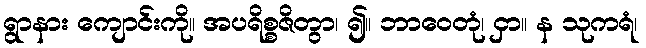
ရွာနား ကျောင်းကို။ အပရိစ္စဇိတွာ၊ ၍။ ဘာဝေတုံ၊ ငှာ။ န သုကရံ၊